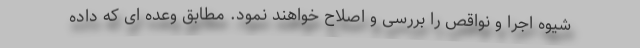
شیوه اجرا و نواقص را بررسی و اصلاح خواهند نمود. مطابق وعده ای که داده